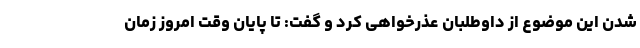
شدن این موضوع از داوطلبان عذرخواهی کرد و گفت: تا پایان وقت امروز زمان